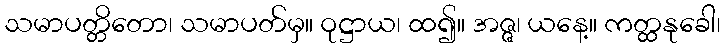
သမာပတ္တိတော၊ သမာပတ်မှ။ ဝုဋ္ဌာယ၊ ထ၍။ အဇ္ဇ၊ ယနေ့။ ကတ္ထနုခေါ၊